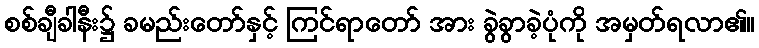
စစ်ချီခါနီး၌ ခမည်းတော်နှင့် ကြင်ရာတော် အား ခွဲခွာခဲ့ပုံကို အမှတ်ရလာ၏။